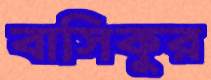
বাসিকুর